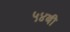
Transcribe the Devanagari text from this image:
५४बी